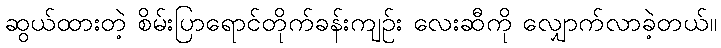
ဆွယ်ထားတဲ့ စိမ်းပြာရောင်တိုက်ခန်းကျဉ်း လေးဆီကို လျှောက်လာခဲ့တယ်။